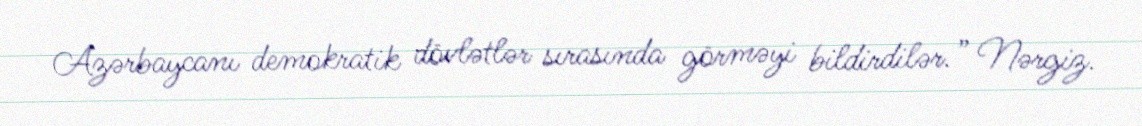
Azərbaycanı demokratik dövlətlər sırasında görməyi bildirdilər.” Nərgiz.